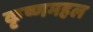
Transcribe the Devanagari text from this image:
कृष्णमहल